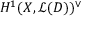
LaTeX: H ^ { 1 } ( X , { \mathcal { L } } ( D ) ) ^ { \vee }